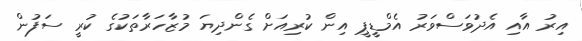
އިރު އާއި އެދުވަސްވަރު އެމްޑީޕީ އިން ކުރިއަށް ގެންދިޔަ މުޒާހަރާތަކުގެ ކުރީ ސަފުން